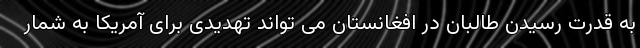
به قدرت رسیدن طالبان در افغانستان می تواند تهدیدی برای آمریکا به شمار